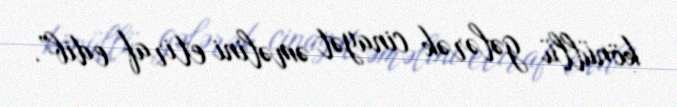
könüllü gələrək cinayət əməlini etiraf edib”.